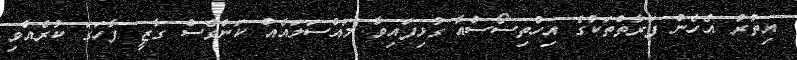
އިތުރު އެހެން ފަރާތްތަކުގެ އިހްތިސޯސްއާ ގުޅިފައިވާ މައްސަލައެއް ކަންވެސް ގާޒީ ފާހަގަ ކުރެއްވި